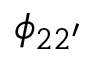
\phi _ { 2 2 ^ { \prime } }